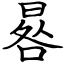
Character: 晷